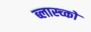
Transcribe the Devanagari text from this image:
ब्लास्च्को